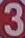
3